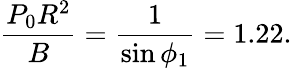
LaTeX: \frac{P_{0}R^{2}}{B}=\frac{1}{\sin\phi_{1}}=1.22.